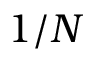
1 / N